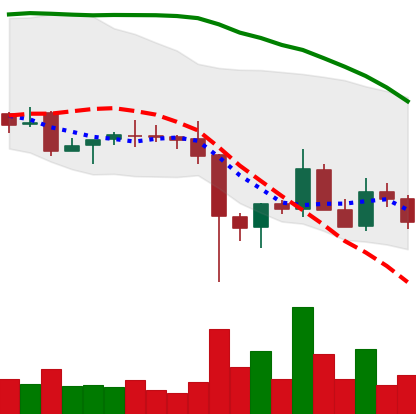
Ticker: EOS-USD
Chart end date: 2021-12-13
Forward return: 4.962%
Label: up_3_5